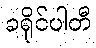
ခရိုင်ပါတီ